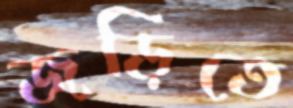
জড়িতে